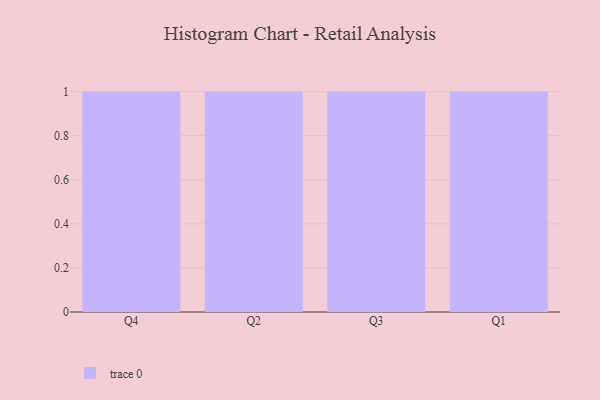
{"axis": {"x": "Quarter", "y": "Website Visitors"}, "legend": [""], "data": [{"x": "Q4", "y": 74, "type": ""}, {"x": "Q2", "y": 69, "type": ""}, {"x": "Q3", "y": 18, "type": ""}, {"x": "Q1", "y": 26, "type": ""}]}